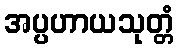
အပ္ပဟာယသုတ္တံ